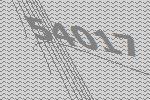
54017